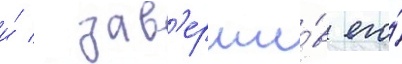
и́ / зав'ерши́в его́